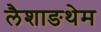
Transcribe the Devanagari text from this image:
लैशाङथेम